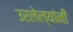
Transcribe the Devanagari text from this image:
उरलेल्यांनी